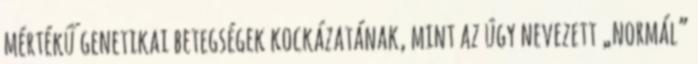
mértékű genetikai betegségek kockázatának, mint az úgy nevezett „normál”